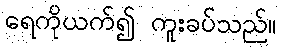
ရေကိုယက်၍ ကူးခပ်သည်။